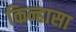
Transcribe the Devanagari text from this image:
किन्हासा